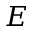
E